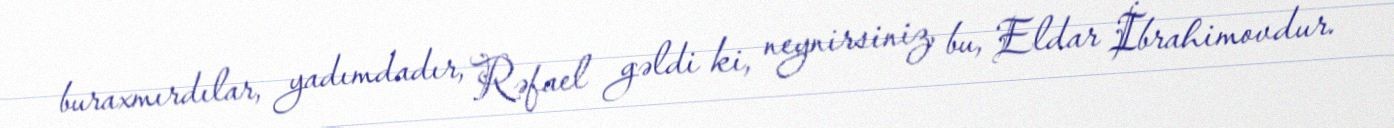
buraxmırdılar, yadımdadır, Rəfael gəldi ki, neynirsiniz, bu, Eldar İbrahimovdur.